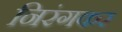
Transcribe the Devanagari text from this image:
निरंगकर